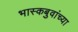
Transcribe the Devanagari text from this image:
भास्कबुवांच्या